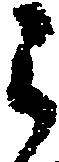
う